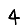
Digit: 4